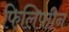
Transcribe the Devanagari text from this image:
फिलिपाीन